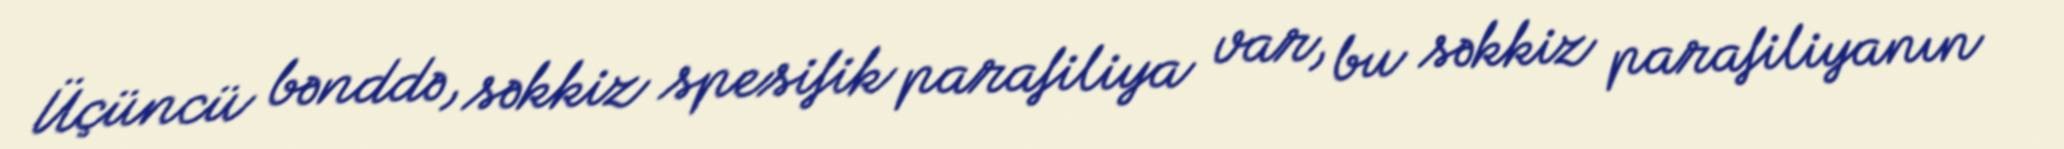
Üçüncü bənddə, səkkiz spesifik parafiliya var, bu səkkiz parafiliyanın